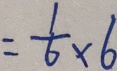
= \frac { 1 } { 6 } \times 6